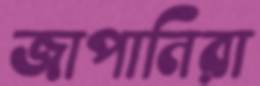
জাপানিরা